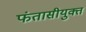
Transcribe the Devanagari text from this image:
फंतासीयुक्त